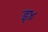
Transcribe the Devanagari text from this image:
इ४